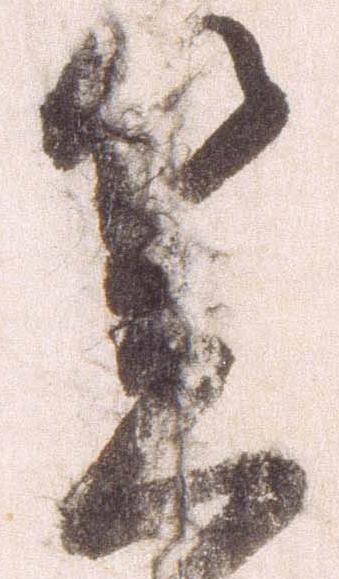
笠